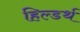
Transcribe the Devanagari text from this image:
हिल्डर्थ